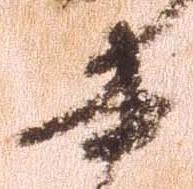
書